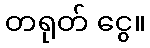
တရုတ် ငွေ။